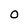
Character: O